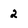
Character: 2